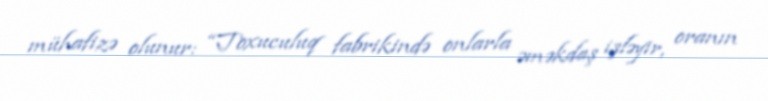
mühafizə olunur: “Toxuculuq fabrikində onlarla əməkdaş işləyir, oranın